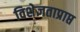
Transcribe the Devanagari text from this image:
विशेज्ञताप्राप्त